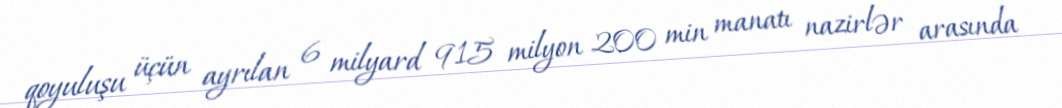
qoyuluşu üçün ayrılan 6 milyard 915 milyon 200 min manatı nazirlər arasında